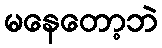
မနေတော့ဘဲ